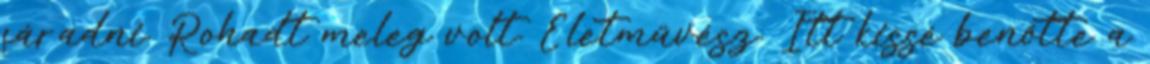
fáradni. Rohadt meleg volt. Életművész. Itt kissé benőtte a